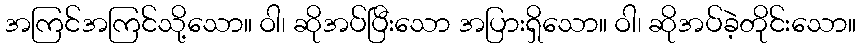
အကြင်အကြင်သို့သော။ ဝါ၊ ဆိုအပ်ပြီးသော အပြားရှိသော။ ဝါ၊ ဆိုအပ်ခဲ့တိုင်းသော။